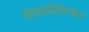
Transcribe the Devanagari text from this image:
रोपवाटिकेतील